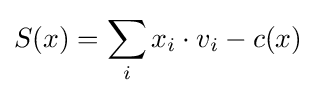
S(x)=\sum _{i}x_{i}\cdot v_{i}-c(x)